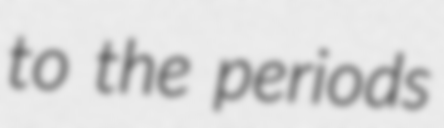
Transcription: to the periods